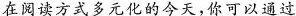
在阅读方式多元化的今天，你可以通过